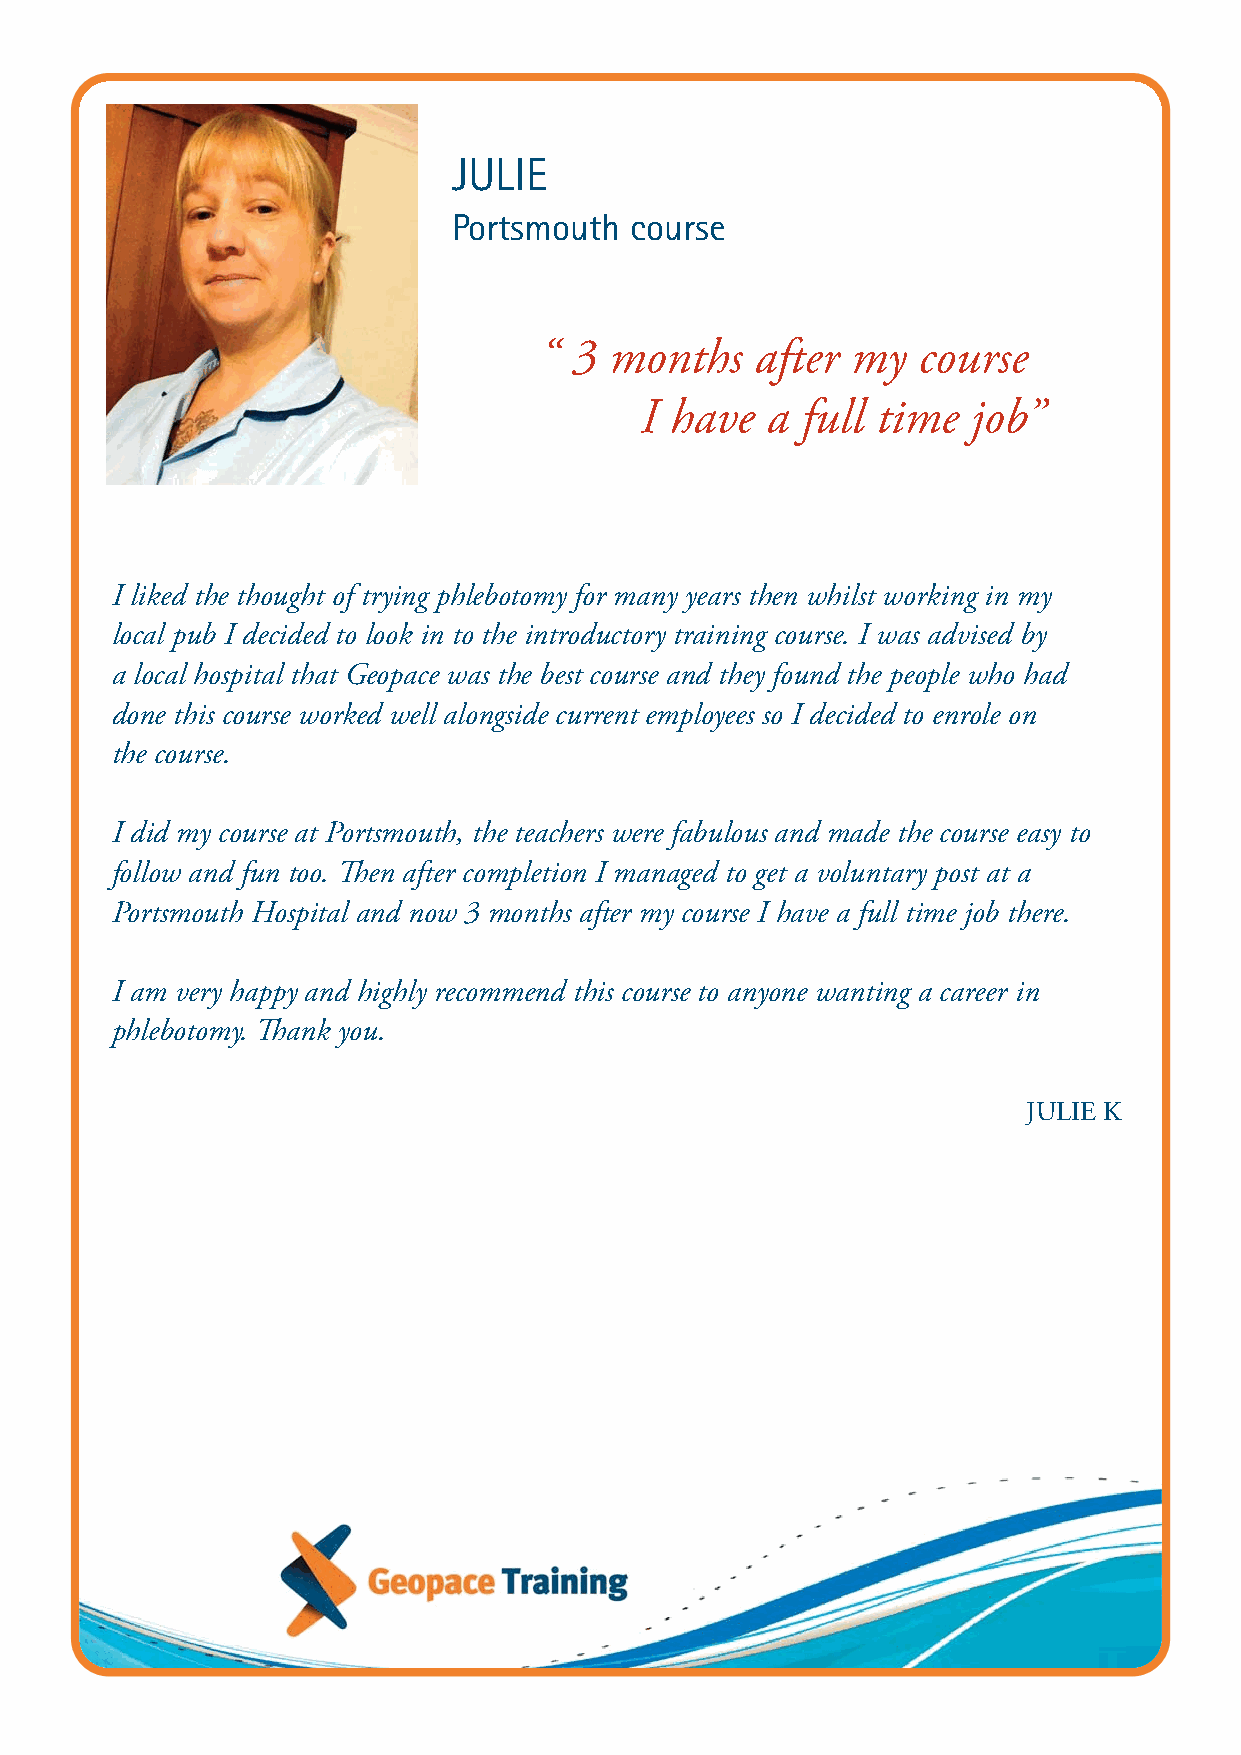
JULIE
 Portsmouth  course
 “ 3 months    after my   course
 I have   a full time  job”
 I liked the thought of trying phlebotomy for many years then whilst working in my
 local pub I decided to look in to the introductory training course. I was advised by
 a local hospital that Geopace was the best course and they found the people who had
 done this course worked well alongside current employees so I decided to enrole on
 the course.
 I did my course at Portsmouth, the teachers were fabulous and made the course easy to
 follow and fun too. Then after completion I managed to get a voluntary post at a
 Portsmouth Hospital and now 3 months after my course I have a full time job there.
 I am very happy and highly recommend this course to anyone wanting a career in
 phlebotomy. Thank you.
 JULIE K